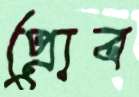
প্রোব